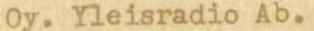
Oy. Yleisradio Ab.